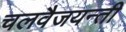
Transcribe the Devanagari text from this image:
चलवैजयन्ती